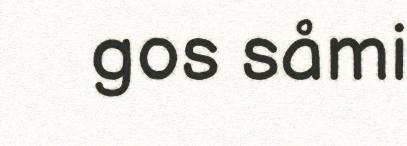
gos såmi